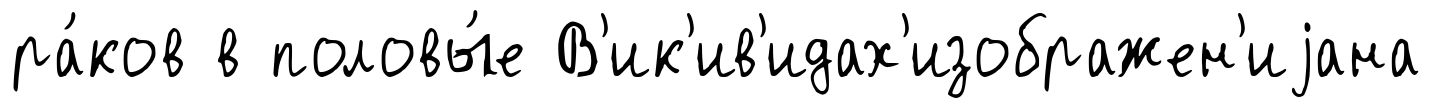
ра́ков в половы́е В'ик'ив'идах'изображен'иjана